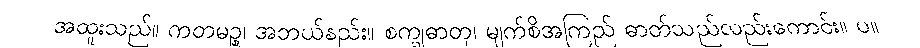
အထူးသည်။ ကတမဉ္စ၊ အဘယ်နည်း။ စက္ခုဓာတု၊ မျက်စိအကြည် ဓာတ်သည်လည်းကောင်း။ ပ။